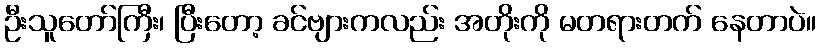
ဦးသူတော်ကြီး၊ ပြီးတော့ ခင်ဗျားကလည်း အတိုးကို မတရားတက် နေတာပဲ။